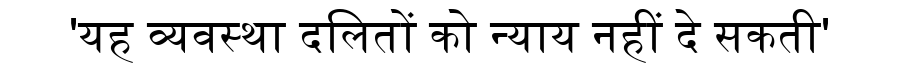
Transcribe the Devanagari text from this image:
'यह व्यवस्था दलितों को न्याय नहीं दे सकती'